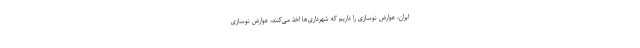
ایران، عوارض نوسازی را داریم که شهرداری‌ها اخذ می‌کنند، عوارض نوسازی